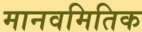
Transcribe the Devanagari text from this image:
मानवमितिक